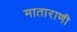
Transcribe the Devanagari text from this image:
माताराणी